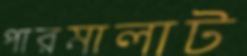
পারমালাট